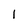
Character: I